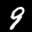
Label: 9